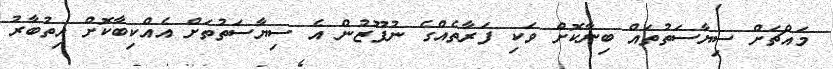
މައްޗަށް ސިޔާސަތުތައް ބިނާކޮށް ވަކި ފަރާތެއްގެ ނުފޫޒުން އެ ސިޔާސަތުތަށް އެއްކިބާކޮށް އިތުބާރު